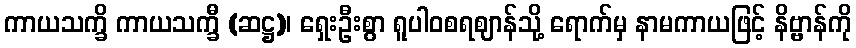
ကာယသက္ခိ ကာယသက္ခီ (ဆဋ္ဌ)၊ ရှေးဦးစွာ ရူပါဝစရဈာန်သို့ ရောက်မှ နာမကာယဖြင့် နိဗ္ဗာန်ကို